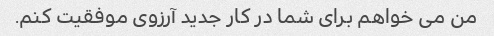
من می خواهم برای شما در کار جدید آرزوی موفقیت کنم.